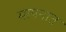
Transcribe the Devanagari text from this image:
मापनात